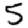
Digit: 5